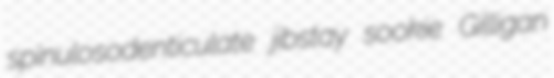
spinulosodenticulate jibstay sookie Gilligan